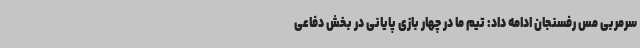
سرمربی مس رفسنجان ادامه داد: تیم ما در چهار بازی پایانی در بخش دفاعی